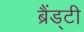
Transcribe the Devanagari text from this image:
ब्रैंड्टी